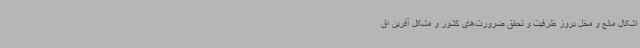
اشکال مانع و مخل بروز ظرفیت و تحقق ضرورت‌های کشور و مشکل آفرین اق